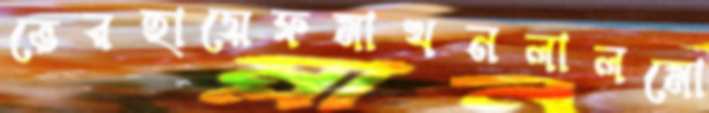
ভেরহায়েফমাখনলালমো